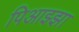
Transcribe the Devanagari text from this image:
पिआझ्झा